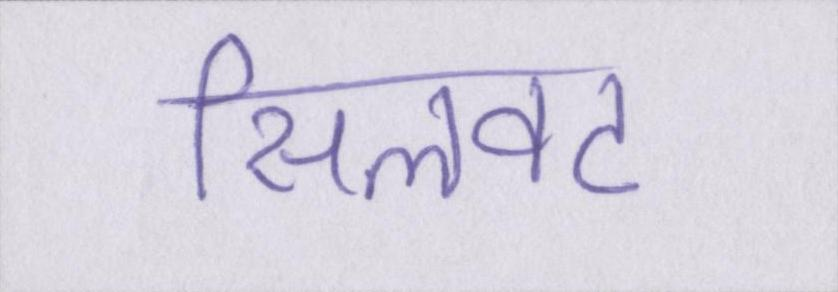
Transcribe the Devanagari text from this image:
सिलवट